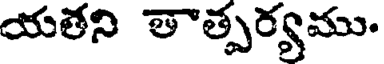
యతని తాత్పర్యము.